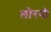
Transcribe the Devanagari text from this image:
लोरनी